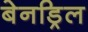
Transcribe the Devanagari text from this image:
बेनड्रिल